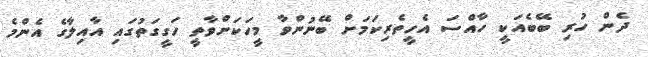
ދެން ހުރި ބޭބެއަކީ ހާއްސަ އެހީތެރިކަމަށް ބޭނުންވާ މީހަކަށްވާތީ ހަގީގަތުގައި އާއިލާގެ އެންމެ